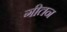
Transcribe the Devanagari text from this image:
गीतन